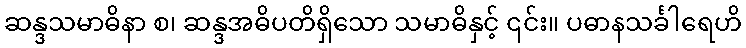
ဆန္ဒသမာဓိနာ စ၊ ဆန္ဒအဓိပတိရှိသော သမာဓိနှင့် ၎င်း။ ပဓာနသင်္ခါရေဟိ